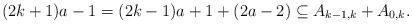
LaTeX: \begin{align*}(2k+1) a - 1 & = (2k-1) a + 1 + (2a-2) \subseteq A_{k-1,k} + A_{0,k}.\end{align*}